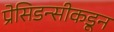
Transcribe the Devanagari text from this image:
प्रेसिडन्सीकडून